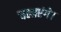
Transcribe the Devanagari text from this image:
चलाएंगे।